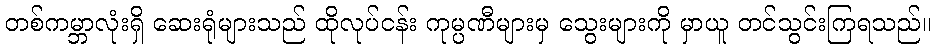
တစ်ကမ္ဘာလုံးရှိ ဆေးရုံများသည် ထိုလုပ်ငန်း ကုမ္ပဏီများမှ သွေးများကို မှာယူ တင်သွင်းကြရသည်။